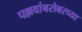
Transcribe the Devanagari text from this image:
पल्लवांबरोबरच्या